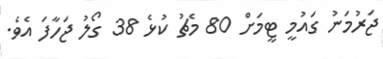
ޖަރުމަނު ގައުމީ ޓީމަށް 80 މެޗު ކުޅެ 38 ގޯލު ޖަހާފަ އެވެ.